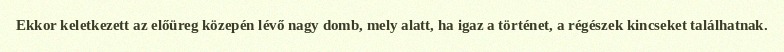
Ekkor keletkezett az előüreg közepén lévő nagy domb, mely alatt, ha igaz a történet, a régészek kincseket találhatnak.